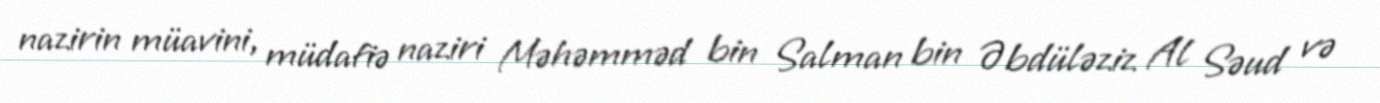
nazirin müavini, müdafiə naziri Məhəmməd bin Salman bin Əbdüləziz Al Səud və